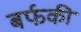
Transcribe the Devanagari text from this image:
बर्फकी